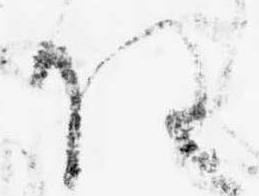
任